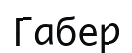
Габер